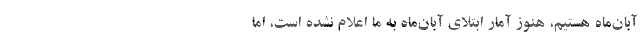
آبان‌ماه هستیم، هنوز آمار ابتلای آبان‌ماه به ما اعلام نشده است، اما